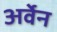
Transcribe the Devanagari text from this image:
अर्वेन